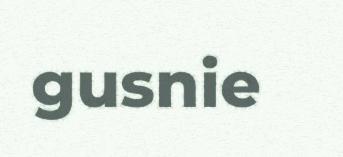
gusnie